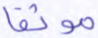
موثقا